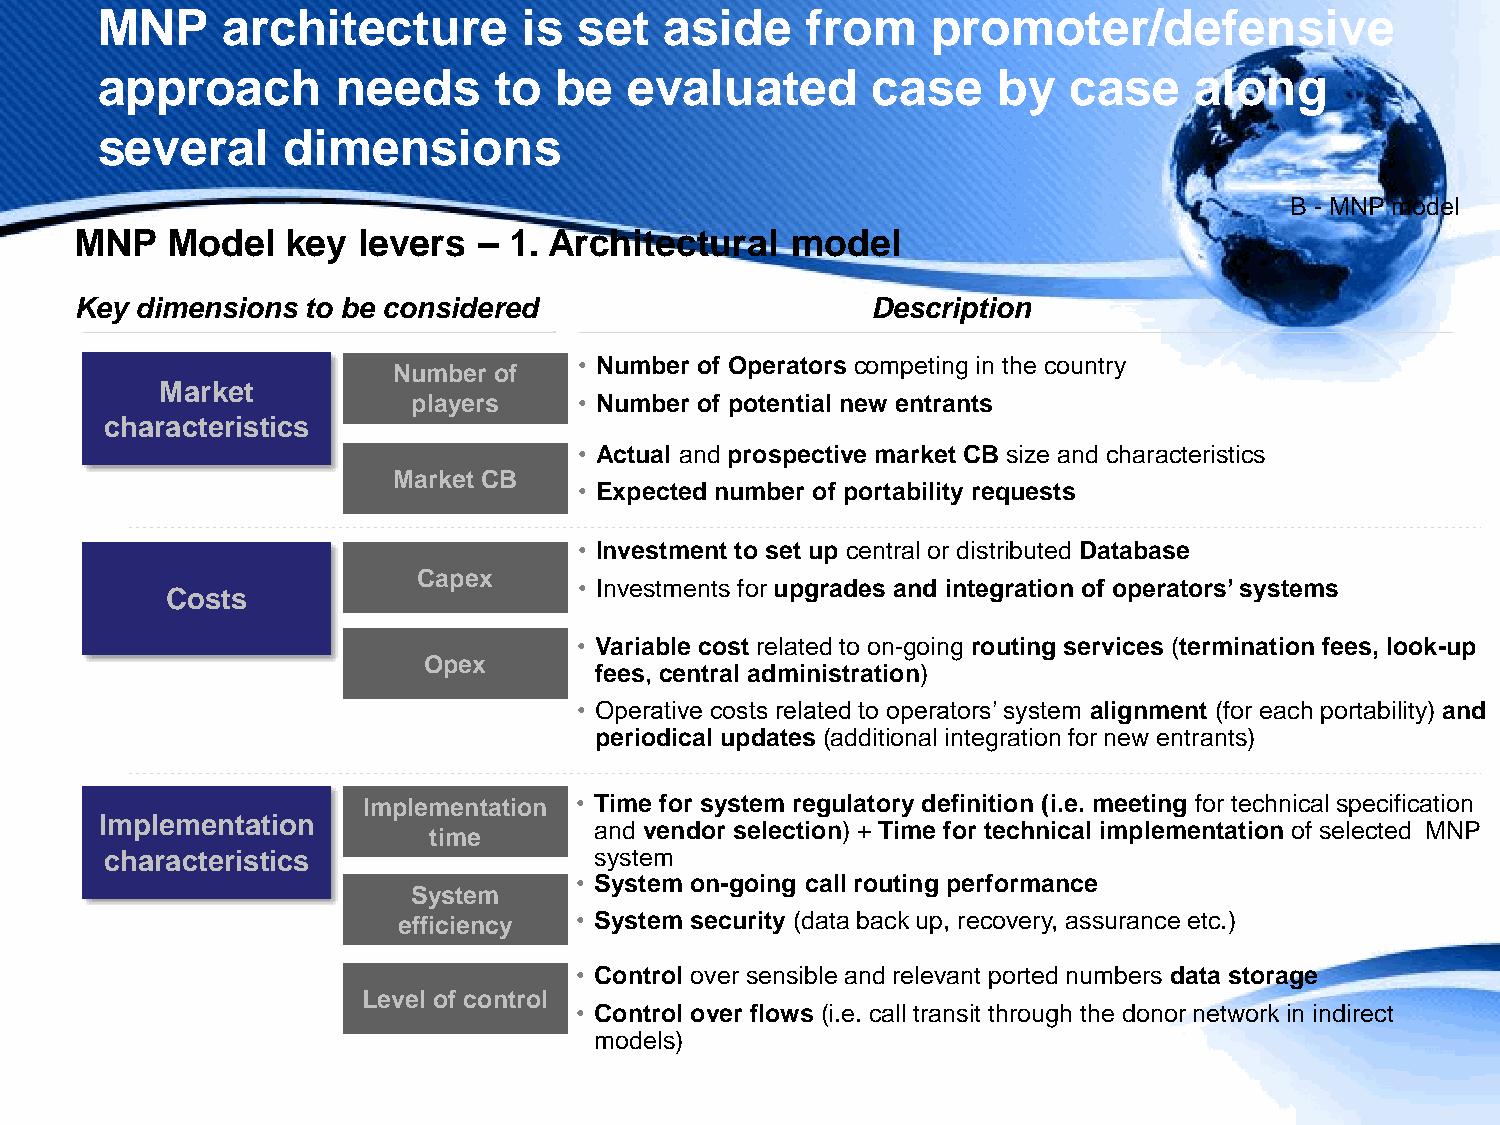
MNP      architecture        is set   aside    from     promoter/defensive
 approach        needs      to  be   evaluated       case    by   case    along
 several      dimensions
 B - MNP model
 MNP   Model   key  levers  – 1. Architectural  model
 Key dimensions to be considered                      Description
 • Number of Operators competing in the country
 Number of
 Market
 players    • Number of potential new entrants
 characteristics
 • Actual and prospective market CB size and characteristics
 Market CB
 • Expected number of portability requests
 • Investment to set up central or distributed Database
 Capex
 • Investments for upgrades and integration of operators’ systems
 Costs
 • Variable cost related to on-going routing services (termination fees, look-up
 Opex
 fees, central administration)
 • Operative costs related to operators’ system alignment (for each portability) and
 periodical updates (additional integration for new entrants)
 Implementation • Time for system regulatory definition (i.e. meeting for technical specification
 Implementation
 and vendor selection) + Time for technical implementation of selected MNP
 time
 characteristics                 system
 • System on-going call routing performance
 System
 efficiency  • System security (data back up, recovery, assurance etc.)
 • Control over sensible and relevant ported numbers data storage
 Level of control
 • Control over flows (i.e. call transit through the donor network in indirect
 models)